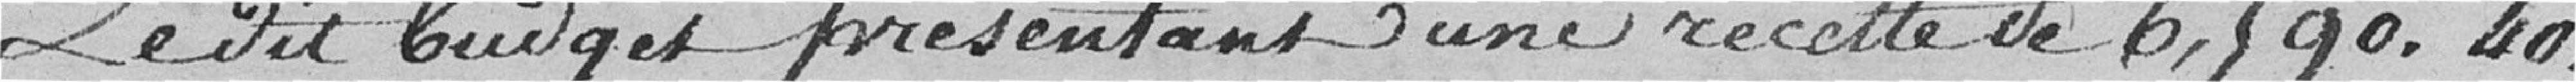
Le dit budget présentant une recettede 6,90.40,